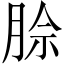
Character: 𪱡